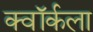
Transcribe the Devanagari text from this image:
क्वॉर्कला